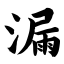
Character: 漏